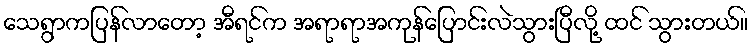
သေရွာကပြန်လာတော့ အီရင်က အရာရာအကုန်ပြောင်းလဲသွားပြီလို့ ထင် သွားတယ်။